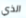
الذي